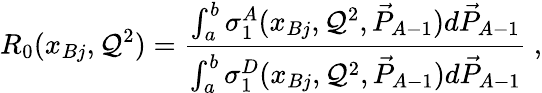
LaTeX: R_{0}(x_{Bj},\mathcal{Q}^{2})={\frac{{\int_{a}^{b}\sigma_{1}^{A}(x_{Bj},\mathcal{Q}^{2},\vec{{P}}_{A-1})d\vec{{P}}_{A-1}}}{{\int_{a}^{b}\sigma_{1}^{D}(x_{Bj},\mathcal{Q}^{2},\vec{{P}}_{A-1})d\vec{{P}}_{A-1}}}}~,